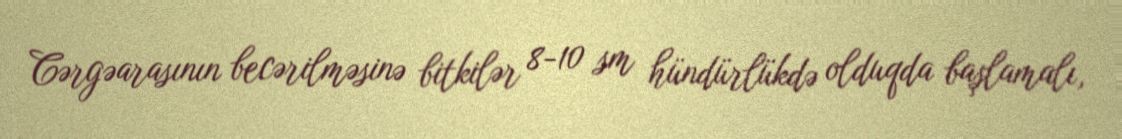
Cərgəarasının becərilməsinə bitkilər 8-10 sm hündürlükdə olduqda başlamalı,